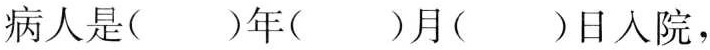
病人是()年()月()日人院，